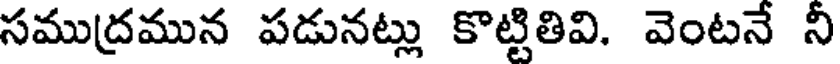
సముద్రమున పడునట్లు కొట్టితివి. వెంటనే నీ